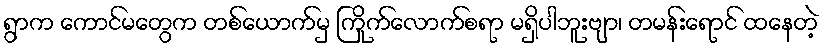
ရွာက ကောင်မတွေက တစ်ယောက်မှ ကြိုက်လောက်စရာ မရှိပါဘူးဗျာ၊ တမန်းရောင် ထနေတဲ့